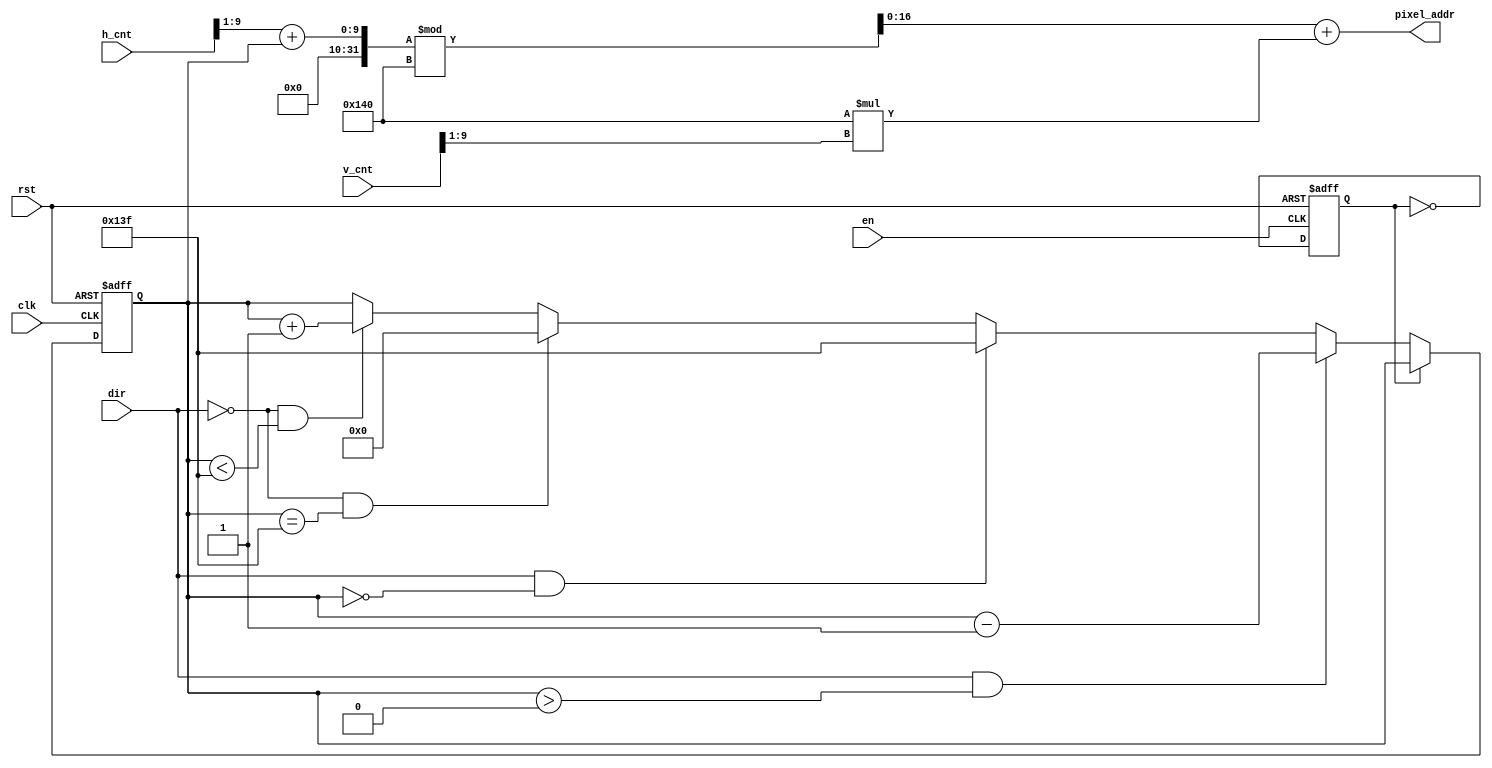
module mem_addr_gen(
   input clk,
   input rst,
   input en,
   input [9:0] h_cnt,
   input [9:0] v_cnt,
   input dir,
   output [16:0] pixel_addr
   );
    
  reg [8:0] position;
  reg pause;
  //assign pixel_addr = ((h_cnt>>1)+320*(v_cnt>>1)+ position*320 )% 76800;  //640*480 --> 320*240 
  assign pixel_addr = ((((h_cnt>>1)+position)%320) + 320*(v_cnt>>1) );  //640*480 --> 320*240
  
   
   always @(posedge en or posedge rst)begin
        if(rst)
            pause<=1;
        else 
            pause<=~pause;
   end

   always @ (posedge clk or posedge rst) begin
      if(rst)begin
          position <= 0;
       end else if(pause==0) begin
            if(dir == 1 && position>0)begin //
                position <= position - 1;
            end else if (dir == 1 && position==0)begin
                position <= 319;
            end else if (dir == 0 && position==319)begin
                position <= 0;
            end else if (dir == 0 && position<319)begin
                position <= position + 1;
            end else begin
                position <= position;   
            end           
       end else begin // position == 1
           position <= position;    
       end
   end
    
endmodule